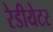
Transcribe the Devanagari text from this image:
रेडीयेटर